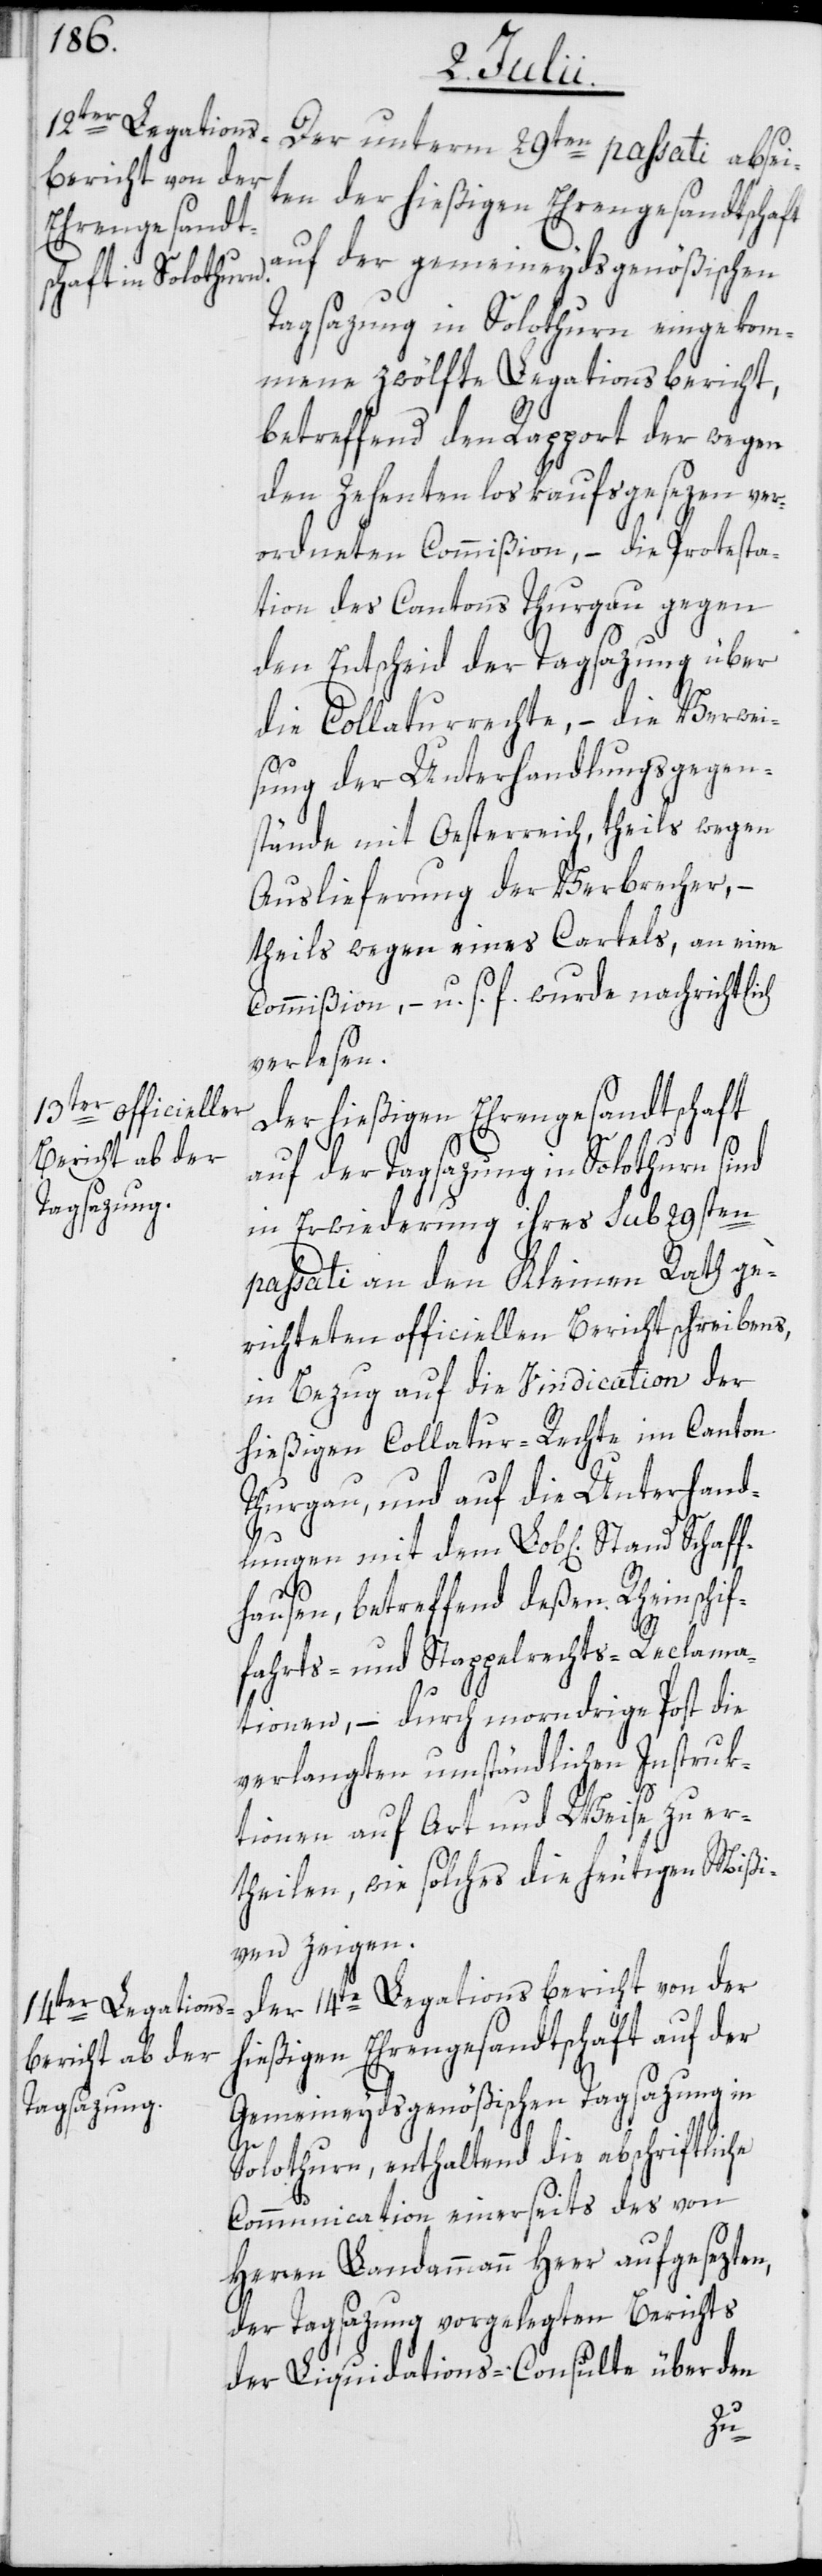
Der unterm 29ten passati absei¬
ten der hießigen Ehrengesandtschaft
auf der gemeineydsgenößischen
Tagsazung in Solothurn eingekom¬
mene zwölfte Legationsbericht,
betreffend den Rapport der wegen
den Zehentenloskaufsgesezen ver¬
ordneten Commißion, – die Protesta¬
tion des Cantons Thurgau gegen
den Entscheid der Tagsazung über
die Collaturrechte, – die Verwei¬
sung der Unterhandlungsgegen¬
stände mit Oesterreich, theils wegen
Auslieferung der Verbrecher, –
theils wegen eines Cartels, an eine
Commißion, – u. s. f. wurde nachrichtlich
verlesen.
Der hießigen Ehrengesandtschaft
auf der Tagsazung in Solothurn sind
in Erwiederung ihres sub 29sten
passati an den Kleinen Rath ge¬
richteten officiellen Berichtschreibens,
in Bezug auf die Vindication der
hießigen Collatur-Rechte im Canton
Thurgau, und auf die Unterhand¬
lungen mit dem Lob[lichen] Stand
Schaf¬
fhausen, betreffend deßen Rheinschif¬
fahrts- und Stappelrechts-Reclama¬
tionen, – durch morndrige Post die
verlangten umständlichen Instruk¬
tionen auf Art und Weise zu er¬
theilen, wie solches die heutigen Mißi¬
ven zeigen.
Der 14te Legationsbericht von der
hießigen Ehrengesandtschaft auf der
Gemeineydsgenößischen Tagsazung in
Solothurn, enthaltend die abschriftliche
Communication einerseits des von
Herren Landammann Heer aufgesezten,
der Tagsazung vorgelegten Berichts
der Liquidations-Consulte über den